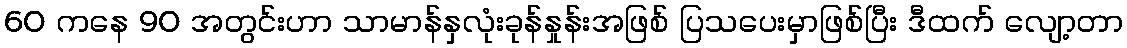
60 ကနေ 90 အတွင်းဟာ သာမာန်နှလုံးခုန်နှုန်းအဖြစ် ပြသပေးမှာဖြစ်ပြီး ဒီထက် လျော့တာ